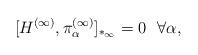
LaTeX: \begin{align*}[ H^{(\infty)}, \pi_\alpha^{(\infty)} ]_{*_\infty} = 0 ~~ \forall \alpha ,\end{align*}